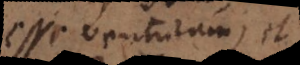
esse venturam, et